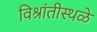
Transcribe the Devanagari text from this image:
विश्रांतीस्थळे